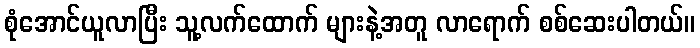
စုံအောင်ယူလာပြီး သူ့လက်ထောက် များနဲ့အတူ လာရောက် စစ်ဆေးပါတယ်။